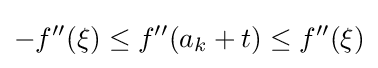
-f''(\xi )\leq f''(a_{k}+t)\leq f''(\xi )